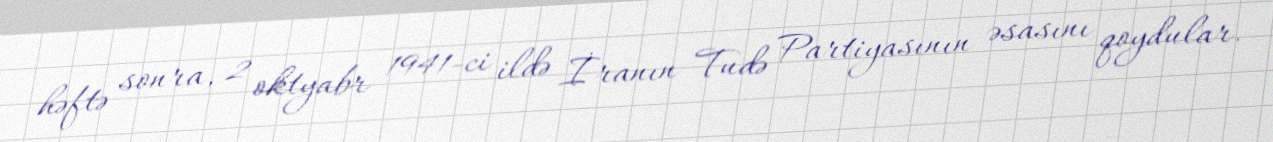
həftə sonra, 2 oktyabr 1941-ci ildə İranın Tudə Partiyasının əsasını qoydular.